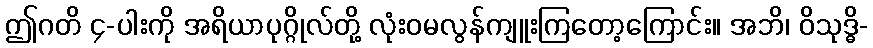
ဤဂတိ ၄-ပါးကို အရိယာပုဂ္ဂိုလ်တို့ လုံးဝမလွန်ကျူးကြတော့ကြောင်း။ အဘိ၊ ဝိသုဒ္ဓိ-